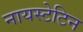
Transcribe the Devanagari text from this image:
नायस्टेटिन